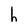
Character: h